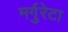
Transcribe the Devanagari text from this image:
मर्गुरेटा